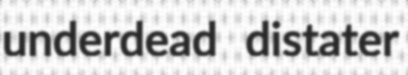
underdead distater